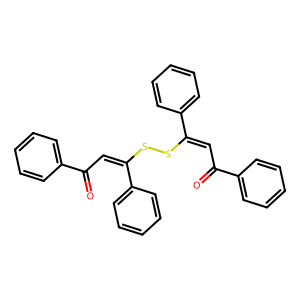
SMILES: O=C(C=C(SSC(=CC(=O)c1ccccc1)c1ccccc1)c1ccccc1)c1ccccc1
Inhibits HIV replication: No